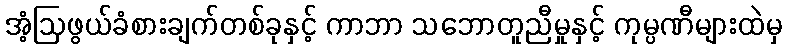
အံ့ဩဖွယ်ခံစားချက်တစ်ခုနှင့် ကာဘာ သဘောတူညီမှုနှင့် ကုမ္ပဏီများထဲမှ